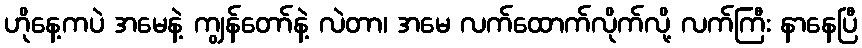
ဟိုနေ့ကပဲ အမေနဲ့ ကျွန်တော်နဲ့ လဲတာ၊ အမေ လက်ထောက်လိုက်လို့ လက်ကြီး နာနေပြီ